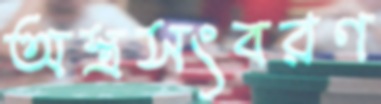
অস্ত্রসংবরণ